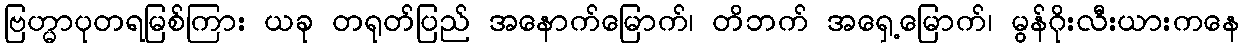
ဗြဟ္မာပုတရမြစ်ကြား ယခု တရုတ်ပြည် အနောက်မြောက်၊ တိဘက် အရှေ့မြောက်၊ မွန်ဂိုးလီးယားကနေ